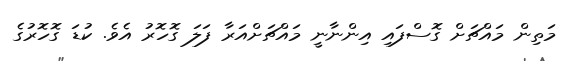
މަތިން މައްޗަށް ގޮސްފައި އިންނާނީ މައްޗަށްއަރާ ފަލަ ގޮހޮރު އެވެ. ކުޑަ ގޮހޮރުގެ